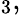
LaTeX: _{3},